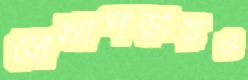
লেখাপড়ায়ও